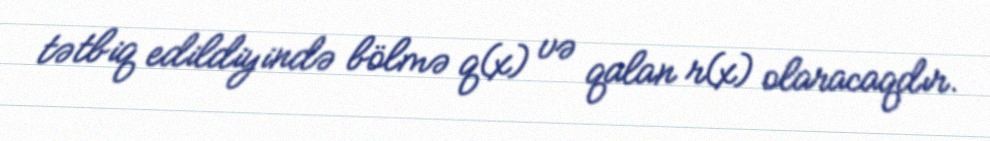
tətbiq edildiyində bölmə q(x) və qalan r(x) olaracaqdır.